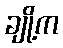
ချို့က